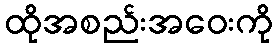
ထိုအစည်းအဝေးကို